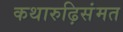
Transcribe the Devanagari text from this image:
कथारुढ़िसंमत